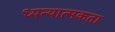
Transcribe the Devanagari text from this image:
ध्यन्यात्मकता